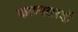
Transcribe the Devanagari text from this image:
काव्यतत्त्वों